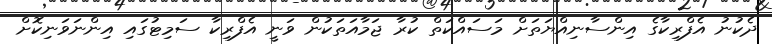
ދެކުނު އެފްރިކާގެ އިންސާނިއްޔަތަށް މަސައްކަތް ކުރާ ޖަމާއަތަކުން ވަނީ އެފްރިކާ ސަމިޓުގައި އިންނަވަނިކޮށް